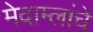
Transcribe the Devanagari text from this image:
मेदाम्लांचे